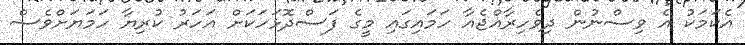
އެކަމަކު އެ ވިސްނުން ދިވެހިރާއްޖެއާ ހަމައިގައި މީގެ ފަސްދޮޅަހަކަށް އަހަރު ކުރިޔާ ހަމަޔަށްވެސް